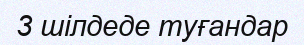
3 шілдеде туғандар